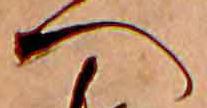
へ